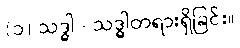
(၁) သဒ္ဓါ - သဒ္ဓါတရားရှိခြင်း။